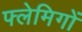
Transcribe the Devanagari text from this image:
फ्लेमिगों